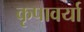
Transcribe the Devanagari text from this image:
कृपावर्या